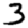
Digit: 3